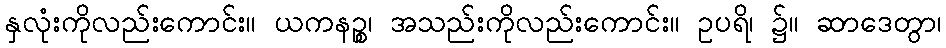
နှလုံးကိုလည်းကောင်း။ ယကနဉ္စ၊ အသည်းကိုလည်းကောင်း။ ဥပရိ၊ ၌။ ဆာဒေတွာ၊